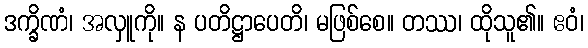
ဒက္ခိဏံ၊ အလှူကို။ န ပတိဋ္ဌာပေတိ၊ မဖြစ်စေ။ တဿ၊ ထိုသူ၏။ ဧဝံ၊